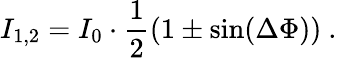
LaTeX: I_{1,2}=I_{0}\cdot\frac{1}{2}\left(1\pm\sin(\Delta\Phi)\right)~.